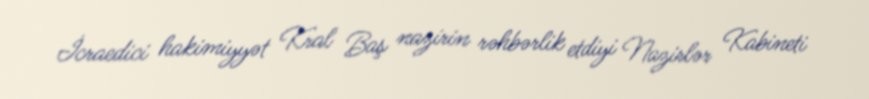
İcraedici hakimiyyət Kral Baş nazirin rəhbərlik etdiyi Nazirlər Kabineti